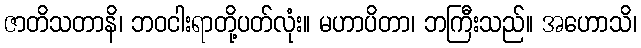
ဇာတိသတာနိ၊ ဘဝငါးရာတို့ပတ်လုံး။ မဟာပိတာ၊ ဘကြီးသည်။ အဟောသိ၊